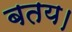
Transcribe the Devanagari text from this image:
बतय।